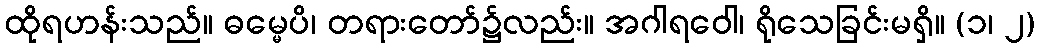
ထိုရဟန်းသည်။ ဓမ္မေပိ၊ တရားတော်၌လည်း။ အဂါရဝေါ၊ ရိုသေခြင်းမရှိ။ (၁၊ ၂)